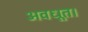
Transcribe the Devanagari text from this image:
अवधूत।